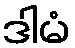
ဒါမံ